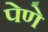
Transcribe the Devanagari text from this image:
पेणे